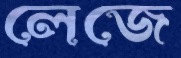
লেজে